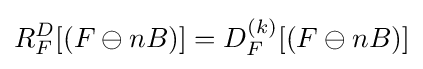
R_{F}^{D}[(F\ominus nB)]=D_{F}^{(k)}[(F\ominus nB)]